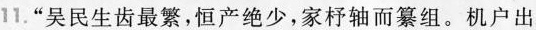
11.”吴民生齿最繁，恒产绝少，家杼轴而纂组。机户出